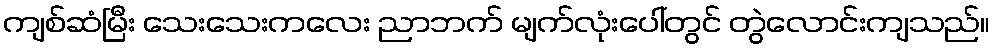
ကျစ်ဆံမြီး သေးသေးကလေး ညာဘက် မျက်လုံးပေါ်တွင် တွဲလောင်းကျသည်။